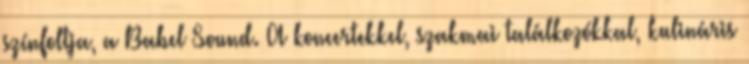
színfoltja, a Babel Sound. A koncertekkel, szakmai találkozókkal, kulináris